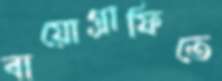
বায়োগ্রাফিতে